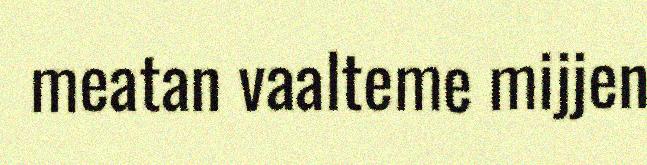
meatan vaalteme mijjen